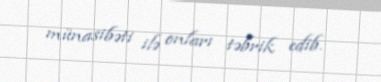
münasibəti ilə onları təbrik edib.